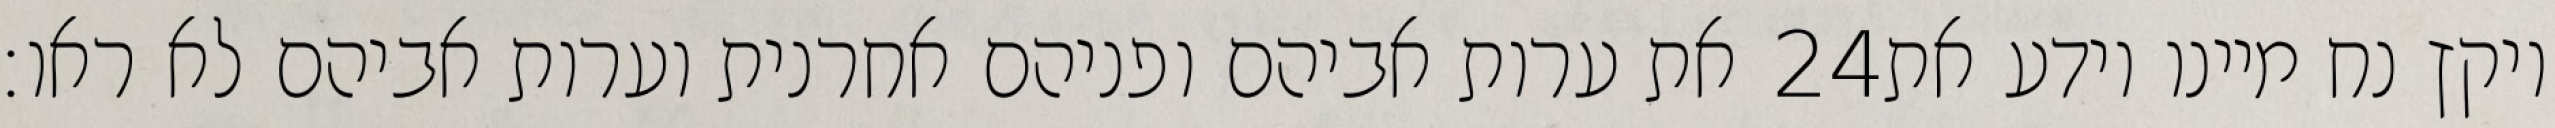
את ערות אביהם ופניהם אחרנית וערות אביהם לא ראו׃ ‎24‏ ויקץ נח מיינו וידע את